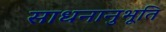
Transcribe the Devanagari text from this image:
साधनानुभूति